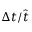
\Delta { t } / \hat { t }